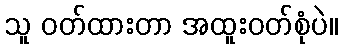
သူ ဝတ်ထားတာ အထူးဝတ်စုံပဲ။